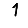
Digit: 1